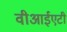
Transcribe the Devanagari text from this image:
वीआईएटी